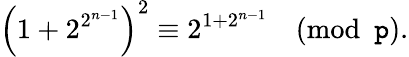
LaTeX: \left(1+2^{2^{n-1}}\right)^{2}\equiv2^{1+2^{n-1}}{\pmod{\mathtt{p}}}.